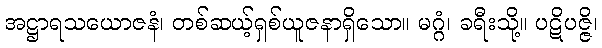
အဋ္ဌာရသယောဇနံ၊ တစ်ဆယ့်ရှစ်ယူဇနာရှိသော။ မဂ္ဂံ၊ ခရီးသို့။ ပဋိပဇ္ဇိ၊